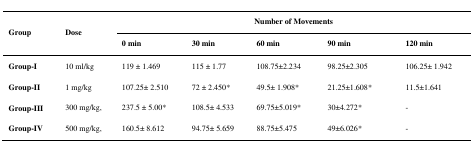
| <ROWSPAN=2> Group | <ROWSPAN=2> Dose | <COLSPAN=5> Number of Movements |
 | 0 min | 30 min | 60 min | 90 min | 120 min |
 | --- | --- | --- | --- | --- | --- | --- |
 | Group-I | 10 ml/kg | 119 ± 1.469 | 115 ± 1.77 | 108.75±2.234 | 98.25±2.305 | 106.25± 1.942 |
 | Group-II | 1 mg/kg | 107.25± 2.510 | 72 ± 2.450* | 49.5± 1.908* | 21.25±1.608* | 11.5±1.641 |
 | Group-III | 300 mg/kg, | 237.5 ± 5.00* | 108.5± 4.533 | 69.75±5.019* | 30±4.272* | - |
 | Group-IV | 500 mg/kg, | 160.5± 8.612 | 94.75± 5.659 | 88.75±5.475 | 49±6.026* | - |